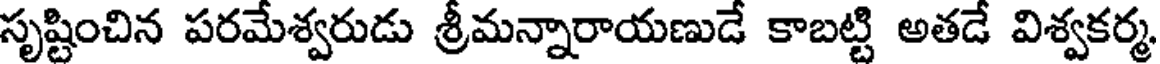
సృష్టించిన పరమేశ్వరుడు శ్రీమన్నారాయణుడే కాబట్టి అతడే విశ్వకర్మ